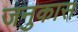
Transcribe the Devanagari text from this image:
जनुकास